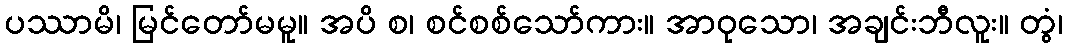
ပဿာမိ၊ မြင်တော်မမူ။ အပိ စ၊ စင်စစ်သော်ကား။ အာဝုသော၊ အချင်းဘီလူး။ တွံ၊